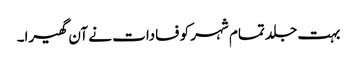
بہت جلد تمام شہر کو فسادات نے آن گھیرا۔